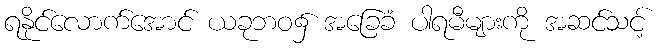
ရနိုင်လောက်အောင် ယခုဘဝ၌ အခြေခံ ပါရမီများကို အဆင်သင့်